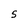
Character: S